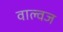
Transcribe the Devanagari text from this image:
वाल्वज